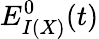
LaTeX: E_{I(X)}^{0}(t)